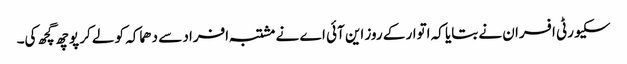
سکیورٹی افسران نے بتایا کہ اتوار کے روز این آئی اے نے مشتبہ افراد سے دھماکہ کو لے کر پوچھ گچھ کی۔